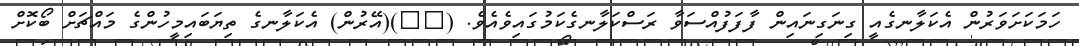
ހަމަކަށަވަރުން އެކަލާނގެއީ ގިނަގިނައިން ފާފަފުއްސަވާ ރަސްކަލާނގެކަމުގައިވެއެވެ. (١٠)(އޭރުން) އެކަލާނގެ ތިޔަބައިމީހުންގެ މައްޗަށް ބޯކޮށް